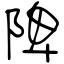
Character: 陴